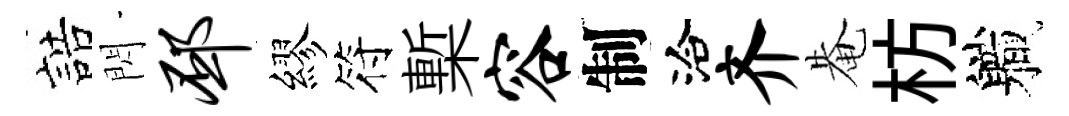
誥閃邳繆符槧容制洽齐𤲅枋軄